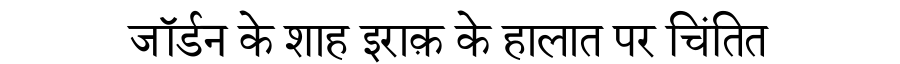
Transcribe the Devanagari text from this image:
जॉर्डन के शाह इराक़ के हालात पर चिंतित